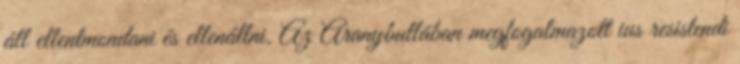
áll ellentmondani és ellenállni. Az Aranybullában megfogalmazott ius resistendi